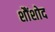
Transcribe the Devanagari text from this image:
शौंशोद